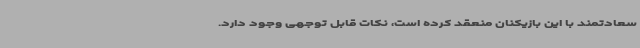
سعادتمند با این بازیکنان منعقد کرده است، نکات قابل توجهی وجود دارد.